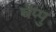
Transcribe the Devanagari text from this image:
चेप्पु